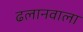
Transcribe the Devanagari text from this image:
ढलानवाला